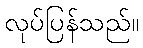
လုပ်ပြန်သည်။